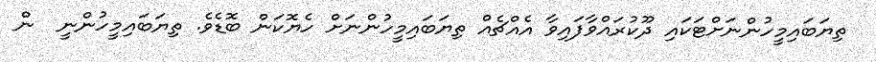
ތިޔަބައިމީހުންނަށްޓަކައި ދޫކުރައްވާފައިވާ އެއްޗެއް ތިޔަބައިމީހުންނަށް ހެޔޮކަން ބޮޑެވެ. ތިޔަބައިމީހުންނީ  ން